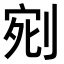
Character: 𭃰